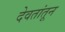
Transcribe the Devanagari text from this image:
देवतांतून